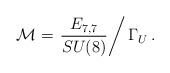
\begin{align*}{\cal M} = \left. \frac{E_{7,7}}{SU(8)}\right/ \Gamma_U\, .\end{align*}